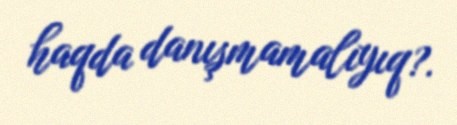
haqda danışmamalıyıq?.